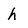
Character: h